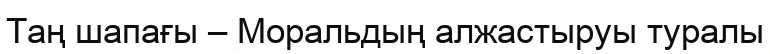
Таң шапағы – Моральдың алжастыруы туралы